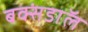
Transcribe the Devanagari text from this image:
बक्संडाॅल